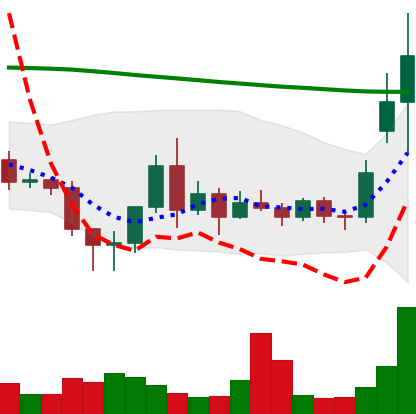
Ticker: ETC-USD
Chart end date: 2020-11-18
Forward return: 7.746%
Label: up_7plus